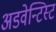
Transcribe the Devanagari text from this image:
अडवेन्टिस्ट